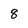
Character: 8